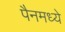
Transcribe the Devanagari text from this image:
पैनमध्ये